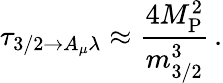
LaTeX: \tau_{3/2\rightarrow A_{\mu}\lambda}\approx\frac{4M_{\mathrm{P}}^{2}}{m_{3/2}^{3}}\, .